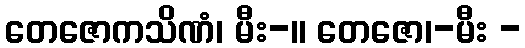
တေဇောကသိဏံ၊ မီး-။ တေဇော၊-မီး -